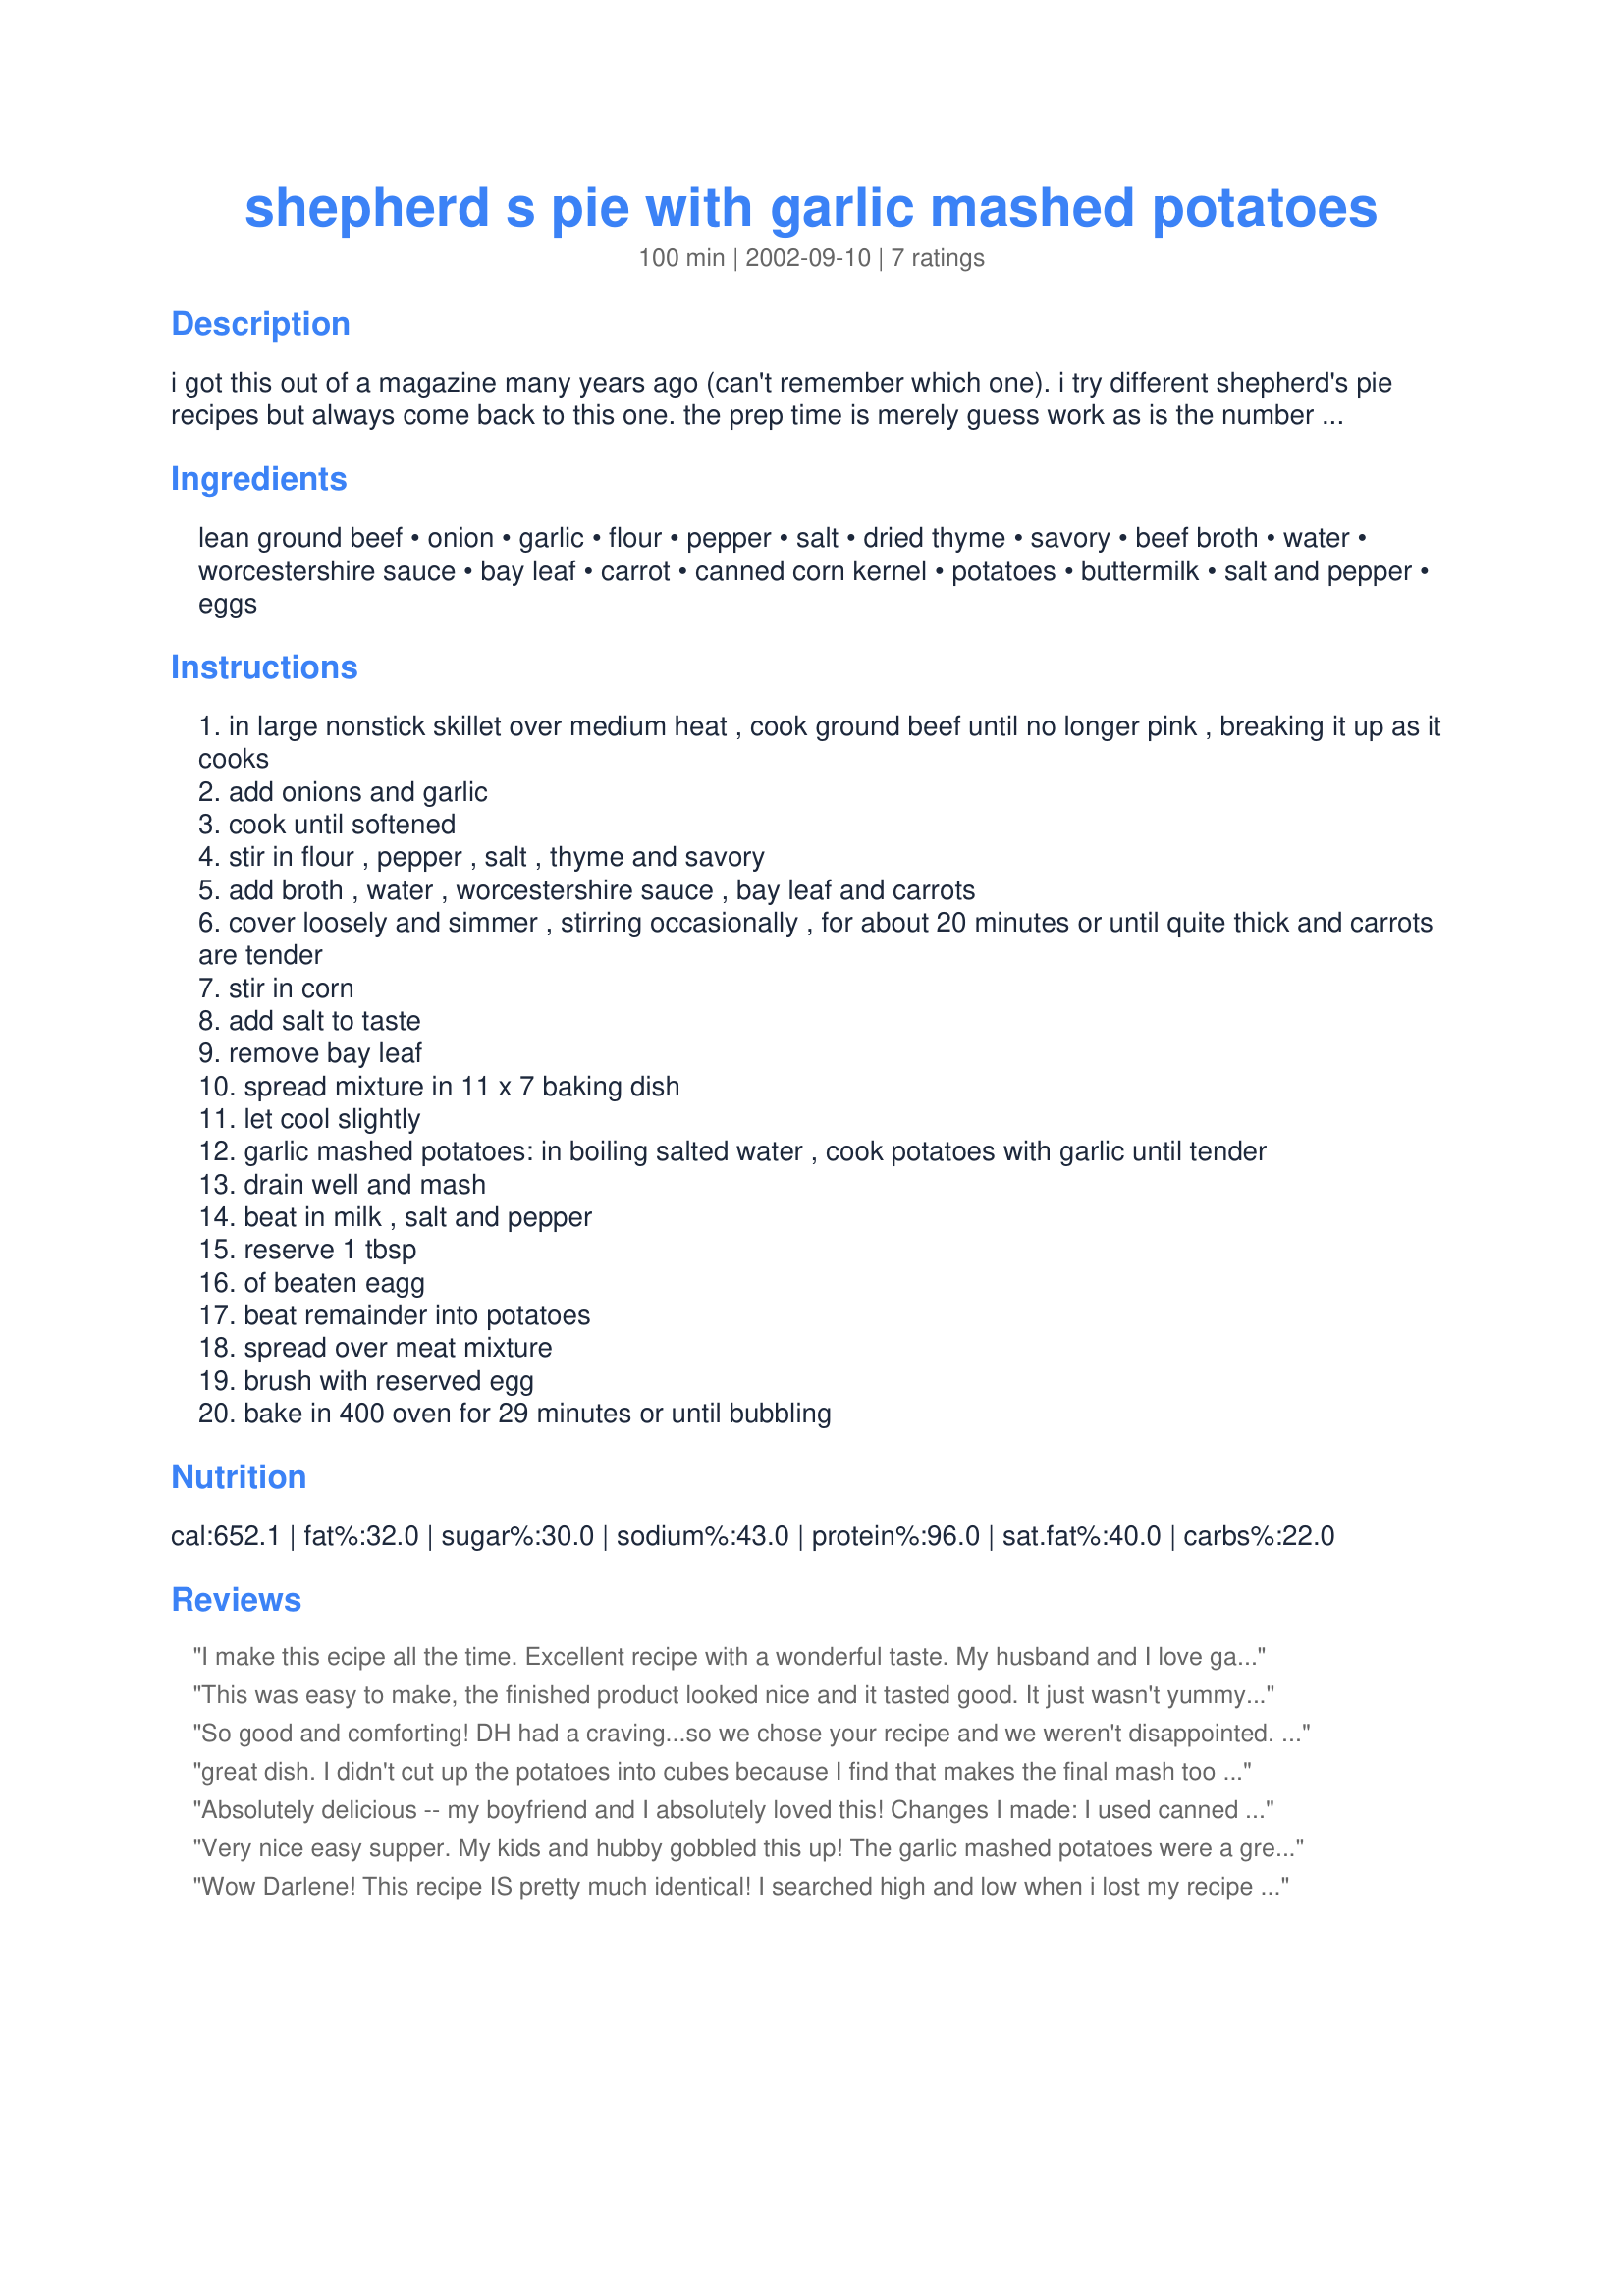
shepherd s pie with garlic mashed potatoes
Preparation time: 100 minutes

i got this out of a magazine many years ago (can't remember which one). i try different shepherd's pie recipes but always come back to this one. the prep time is merely guess work as is the number it feeds (depends on the appetite of those eating).

Ingredients:
lean ground beef, onion, garlic, flour, pepper, salt, dried thyme, savory, beef broth, water, worcestershire sauce, bay leaf, carrot, canned corn kernel, potatoes, buttermilk, salt and pepper, eggs

Steps:
in large nonstick skillet over medium heat , cook ground beef until no longer pink , breaking it up as it cooks
add onions and garlic
cook until softened
stir in flour , pepper , salt , thyme and savory
add broth , water , worcestershire sauce , bay leaf and carrots
cover loosely and simmer , stirring occasionally , for about 20 minutes or until quite thick and carrots are tender
stir in corn
add salt to taste
remove bay leaf
spread mixture in 11 x 7 baking dish
let cool slightly
garlic mashed potatoes: in boiling salted water , cook potatoes with garlic until tender
drain well and mash
beat in milk , salt and pepper
reserve 1 tbsp
of beaten eagg
beat remainder into potatoes
spread over meat mixture
brush with reserved egg
bake in 400 oven for 29 minutes or until bubbling

Reviews:
I make this ecipe all the time. Excellent recipe with a wonderful taste.
My husband and I love garlic in rcipes that I make.
Thanks Darlene10.
This recipe is a keeper.
This was easy to make, the finished product looked nice and it tasted good. It just wasn't yummy delicious. The bottom part seemed to be lacking in flavor; the garlicky potatoes mixed in helped a bit. Maybe my family just isn't in to comfort one-dish meals that much--they're more to blame than the recipe!
So good and comforting! DH had a craving...so we chose your recipe and we weren't disappointed. We didn't use corn, but that is just personal preference...we followed the rest of the recipe to a 'T' and it turned out great. We will make this one again. Thanks for sharing!
great dish. I didn't cut up the potatoes into cubes because I find that makes the final mash too soggy. Instead, I microwave them for a couple minutes to get the middles cooking, and then transfer them to the pot and boil them whole until a knife slides in and out without sticking.
Absolutely delicious -- my boyfriend and I absolutely loved this! Changes I made: I used canned cream corn, added a can of sweet peas, and used instant mashed potatoes instead of fresh (I did add egg and garlic) because I was crunched for time. Next time I make this (and there definitely will be a next time!), I'll use fresh potatoes. :)
Very nice easy supper. My kids and hubby gobbled this up! The garlic mashed potatoes were a great addition. I will make this again!
Wow Darlene! This recipe IS pretty much identical! I searched high and low when i lost my recipe and this is pretty close to it,( may actually even be a better recipe!) Like i said, with the exception of the garlic in the potatoes and a few other little details this is pretty darn close, my original i think only called for one can of broth and some water too instead of two cans of broth, so your recipe may be even just that little bit closer! It was the only recipe i used for Shepherd's Pie so i understand when you say you kept coming back to this one!!Thanks for the review and yes, this is a 5!!!!
